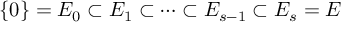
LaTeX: \{ 0 \} = E _ { 0 } \subset E _ { 1 } \subset \cdots \subset E _ { s - 1 } \subset E _ { s } = E